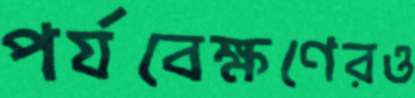
পর্যবেক্ষণেরও